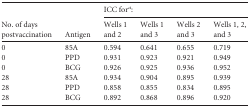
| <ROWSPAN=2> No. of days postvaccination | <ROWSPAN=2> Antigen | <COLSPAN=4> ICC fora: |
 | Wells 1 and 2 | Wells 1 and 3 | Wells 2 and 3 | Wells 1, 2, and 3 |
 | --- | --- | --- | --- | --- | --- |
 | 0 | 85A | 0.594 | 0.641 | 0.655 | 0.719 |
 | 0 | PPD | 0.931 | 0.923 | 0.921 | 0.949 |
 | 0 | BCG | 0.926 | 0.925 | 0.936 | 0.952 |
 | 28 | 85A | 0.934 | 0.904 | 0.895 | 0.939 |
 | 28 | PPD | 0.858 | 0.855 | 0.834 | 0.895 |
 | 28 | BCG | 0.892 | 0.868 | 0.896 | 0.920 |